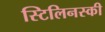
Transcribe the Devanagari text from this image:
स्टिलिनस्की